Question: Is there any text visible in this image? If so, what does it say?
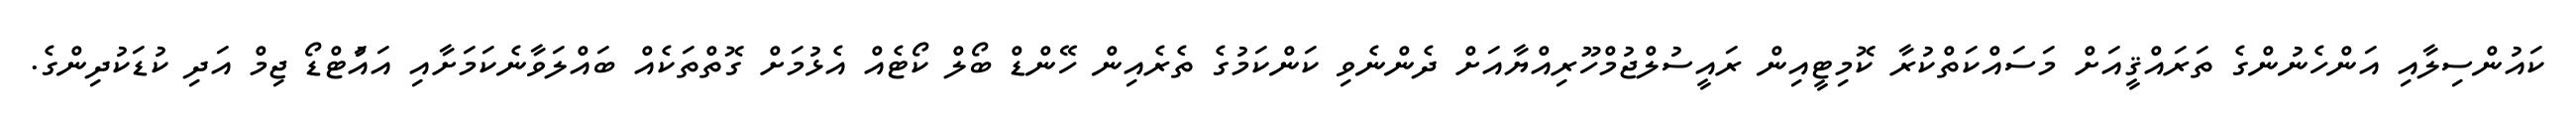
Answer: ކައުންސިލާއި އަންހެނުންގެ ތަރައްޤީއަށް މަސައްކަތްކުރާ ކޮމިޓީއިން ރައީސުލްޖުމްހޫރިއްޔާއަށް ދެންނެވި ކަންކަމުގެ ތެރެއިން ހޭންޑް ބޯލް ކޯޓެއް އެޅުމަށް ގޮތްތަކެއް ބައްލަވާނެކަމަށާއި އައަުޓްޑޯ ޖިމް އަދި ކުޑަކުދިންގެ.